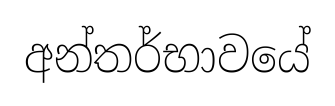
අන්තර්භාවයේ